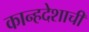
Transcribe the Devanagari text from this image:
कान्हदेशाची